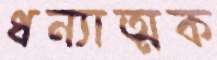
ধন্যাত্মক